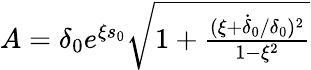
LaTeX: \begin{array}{r}{A=\delta_{0}e^{\xi s_{0}}\sqrt{1+\frac{(\xi+\dot{\delta}_{0}/\delta_{0})^{2}}{1-\xi^{2}}}}\end{array}